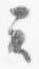
云